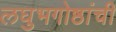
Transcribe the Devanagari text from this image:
लघुभगोष्ठांची